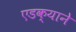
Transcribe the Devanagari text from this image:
एडक्याने